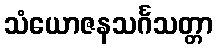
သံယောဇနသင်္ဂသတ္တာ